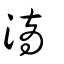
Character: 滴